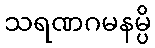
သရဏဂမနမ္ပိ